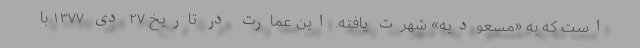
است که به «مسعودیه» شهرت یافته. این عمارت در تاریخ ۲۷ دی ۱۳۷۷ با